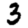
Digit: 3